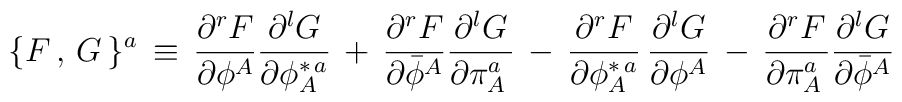
\{ F\,,\,G\,\}^a\,\equiv \,{\partial^r F\over \partial \phi^A} {\partial^l G \over \partial \phi_A^{\ast\,a}}\,+\,{\partial^r F\over \partial {\bar \phi}^A} {\partial^l G \over \partial \pi_A^a\,}\,-\, {\partial^r F \over \partial \phi_A^{\ast\,a}}\,{\partial^l G\over \partial \phi^A}\,-\,{\partial^r F \over \partial \pi_A^a\,}{\partial^l G\over \partial {\bar \phi}^A}